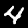
Digit: 4